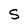
Character: S